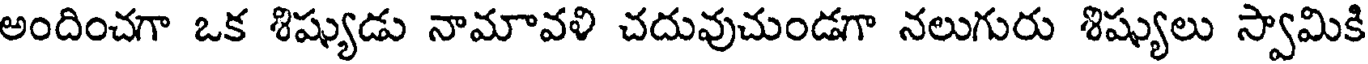
అందించగా ఒక శిష్యుడు నామావళి చదువుచుండగా నలుగురు శిష్యులు స్వామికి